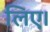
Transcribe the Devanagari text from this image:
लिए।